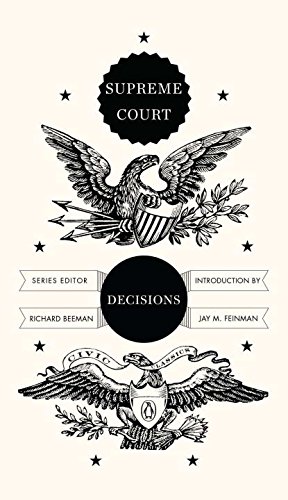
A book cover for Supreme Court Decisions (Penguin Civic Classics); Law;